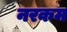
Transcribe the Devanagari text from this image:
नरकम